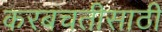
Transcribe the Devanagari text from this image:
करबचतीसाठी